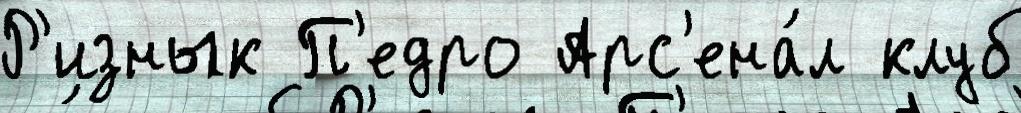
Р'изнык П'едро Арс'ена́л клуб